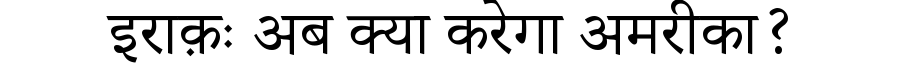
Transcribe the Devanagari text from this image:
इराक़ः अब क्या करेगा अमरीका?